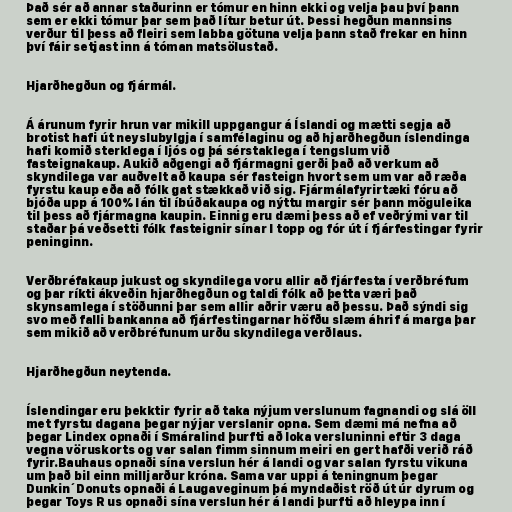
Það sér að annar staðurinn er tómur en hinn ekki og velja þau því þann
sem er ekki tómur þar sem það lítur betur út. Þessi hegðun mannsins
verður til þess að fleiri sem labba götuna velja þann stað frekar en hinn
því fáir setjast inn á tóman matsölustað.

Hjarðhegðun og fjármál.

Á árunum fyrir hrun var mikill uppgangur á Íslandi og mætti segja að
brotist hafi út neyslubylgja í samfélaginu og að hjarðhegðun íslendinga
hafi komið sterklega í ljós og þá sérstaklega í tengslum við
fasteignakaup. Aukið aðgengi að fjármagni gerði það að verkum að
skyndilega var auðvelt að kaupa sér fasteign hvort sem um var að ræða
fyrstu kaup eða að fólk gat stækkað við sig. Fjármálafyrirtæki fóru að
bjóða upp á 100% lán til íbúðakaupa og nýttu margir sér þann möguleika
til þess að fjármagna kaupin. Einnig eru dæmi þess að ef veðrými var til
staðar þá veðsetti fólk fasteignir sínar I topp og fór út í fjárfestingar fyrir
peninginn.

Verðbréfakaup jukust og skyndilega voru allir að fjárfesta í verðbréfum
og þar ríkti ákveðin hjarðhegðun og taldi fólk að þetta væri það
skynsamlega í stöðunni þar sem allir aðrir væru að þessu. Það sýndi sig
svo með falli bankanna að fjárfestingarnar höfðu slæm áhrif á marga þar
sem mikið að verðbréfunum urðu skyndilega verðlaus.

Hjarðhegðun neytenda.

Íslendingar eru þekktir fyrir að taka nýjum verslunum fagnandi og slá öll
met fyrstu dagana þegar nýjar verslanir opna. Sem dæmi má nefna að
þegar Lindex opnaði í Smáralind þurfti að loka versluninni eftir 3 daga
vegna vöruskorts og var salan fimm sinnum meiri en gert hafði verið ráð
fyrir.Bauhaus opnaði sína verslun hér á landi og var salan fyrstu vikuna
um það bil einn milljarður króna. Sama var uppi á teningnum þegar
Dunkin´Donuts opnaði á Laugaveginum þá myndaðist röð út úr dyrum og
þegar Toys R us opnaði sína verslun hér á landi þurfti að hleypa inn í